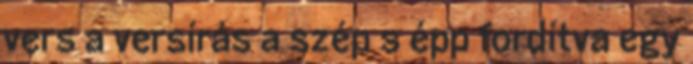
vers a versírás a szép s épp fordítva egy